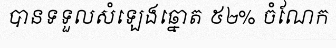
បានទទួលសំឡេងឆ្នោត ៥២% ចំណែក